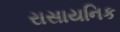
રાસાયનિક